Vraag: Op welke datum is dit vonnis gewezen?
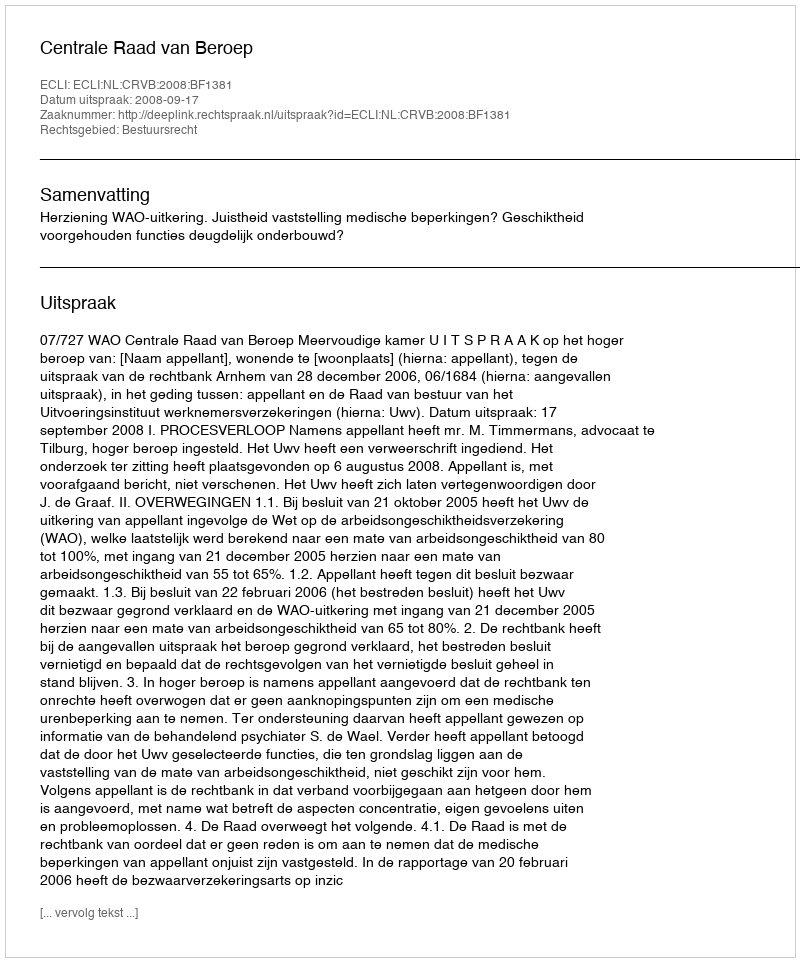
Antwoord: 2008-09-17